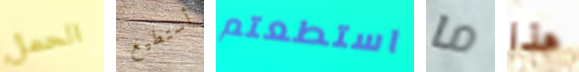
الحمل أستطيع استطعتم ما هذا